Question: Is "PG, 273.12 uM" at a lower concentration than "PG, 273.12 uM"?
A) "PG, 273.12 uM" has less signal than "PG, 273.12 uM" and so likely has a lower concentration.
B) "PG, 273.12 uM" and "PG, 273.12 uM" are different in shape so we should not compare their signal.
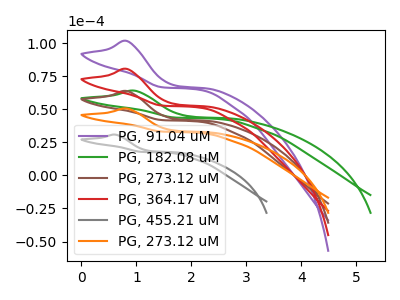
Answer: <think>The purple curve "PG, 91.04 uM" has an anodic peak at: (0.85V, 191.25uA). The green curve "PG, 182.08 uM" has an anodic peak at: (0.95V, 64.00uA). The brown curve "PG, 273.12 uM" has an anodic peak at: (0.85V, 63.75uA). The red curve "PG, 364.17 uM" has an anodic peak at: (0.85V, 127.50uA). The gray curve "PG, 455.21 uM" has an anodic peak at: (0.60V, 30.80uA). The orange curve "PG, 273.12 uM" has an anodic peak at: (0.85V, 50.50uA).
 All the peaks in "PG, 273.12 uM" have a peak in "PG, 273.12 uM" at the same potential. Every peak in "PG, 273.12 uM" is lower than every peak in "PG, 273.12 uM".</think>
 <answer>A) "PG, 273.12 uM" has less signal than "PG, 273.12 uM" and so likely has a lower concentration.</answer>
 <eval>A</eval>